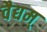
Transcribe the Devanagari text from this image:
वैद्यम्